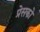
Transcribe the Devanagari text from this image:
प्रेसको